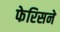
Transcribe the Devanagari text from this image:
फेरिसने